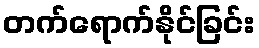
တက်ရောက်နိုင်ခြင်း